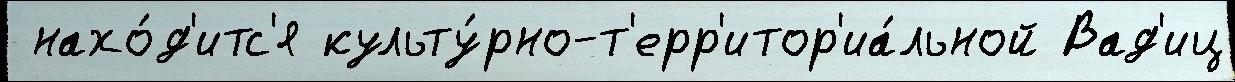
 нахо́д'итс'я культу́рно-т'ерр'итор'иа́льной Вад'иц